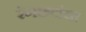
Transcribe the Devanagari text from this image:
रंगछटांचा